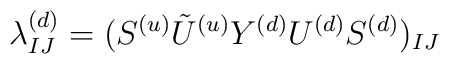
\lambda^{(d)}_{IJ}=(S^{(u)}{\tilde U^{(u)}}Y^{(d)}U^{(d)}S^{(d)})_{IJ}